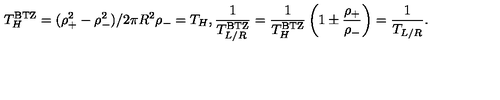
T _ { H } ^ { \mathrm { B T Z } } = ( \rho _ { + } ^ { 2 } - \rho _ { - } ^ { 2 } ) / 2 \pi R ^ { 2 } \rho _ { - } = T _ { H } , { \frac { 1 } { T _ { L / R } ^ { \mathrm { B T Z } } } } = { \frac { 1 } { T _ { H } ^ { \mathrm { B T Z } } } } \left( 1 \pm { \frac { \rho _ { + } } { \rho _ { - } } } \right) = { \frac { 1 } { T _ { L / R } } } .